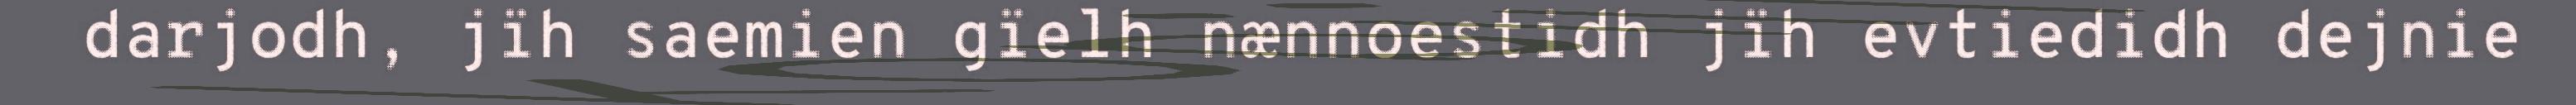
darjodh, jïh saemien gïelh nænnoestidh jïh evtiedidh dejnie